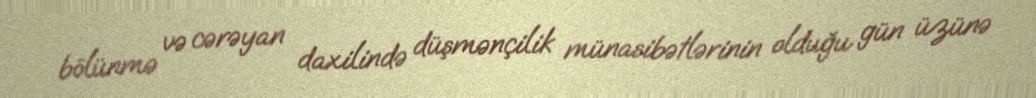
bölünmə və cərəyan daxilində düşmənçilik münasibətlərinin olduğu gün üzünə